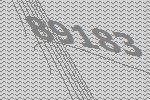
89183